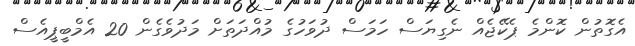
އެގޮތުން ކޮންމެ ޕެކޭޖެއް ނެގިޔަސް ހަމަސް ދުވަހުގެ މުއްދަތަށް މަދުވެގެން 20 އެމްބީޕީއެސް